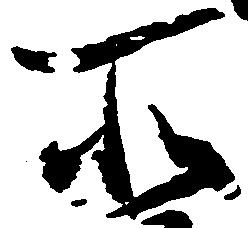
所